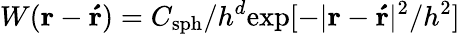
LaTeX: W(\boldsymbol{\mathbf{r}}-\boldsymbol{\mathbf{\acute{r}}})=C_{\mathrm{sph}}/h^{d}\mathrm{exp}[-|\boldsymbol{\mathbf{r}}-\boldsymbol{\mathbf{\acute{r}}}|^{2}/h^{2}]